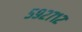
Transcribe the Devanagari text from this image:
५९२७१२